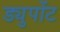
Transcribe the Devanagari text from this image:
ड्युपोंट